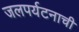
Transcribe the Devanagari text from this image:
जलपर्यटनाची